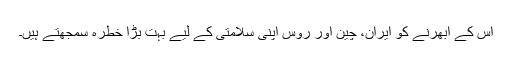
اس کے ابھرنے کو ایران، چین اور روس اپنی سلامتی کے لیے بہت بڑا خطرہ سمجھتے ہیں۔